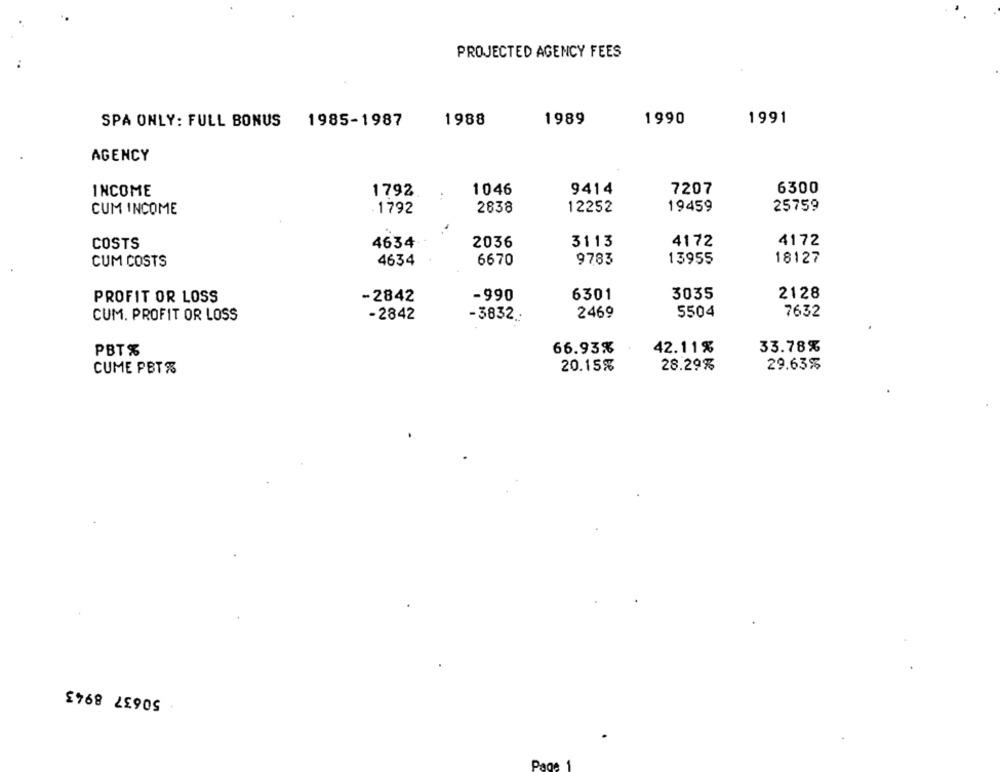
PROJECTED AGENCY FEES
SPA ONLY: FULL BONUS 1985-1987
1988
1989
1990
1991
AGENCY
INCOME
1792
1046
9414
7207
6300
2838
12252
19459
25759
CUM INCOME
1792
COSTS
4634
2036
3113
4172
4172
4634
6670
9783
13955
18127
CUM COSTS
PROFIT OR LOSS
-2842
-990
6301
3035
2128
CUM. PROFIT OR LOSS
-2842
2469
5504
7632
-3832 .:
33.78%
PBT%
66.93%
42.11%
CUME PBT%
20.15%
28.29%
29.63%
50637 8943
Page 1